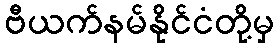
ဗီယက်နမ်နိုင်ငံတို့မှ